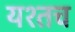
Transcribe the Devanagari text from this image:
यश्तच